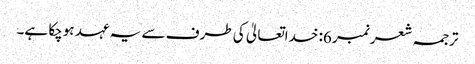
ترجمہ شعر نمبر 6: خداتعالیٰ کی طرف سے یہ عہد ہوچکا ہے۔